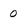
Character: 0